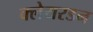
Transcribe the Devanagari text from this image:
क्लेयरडन